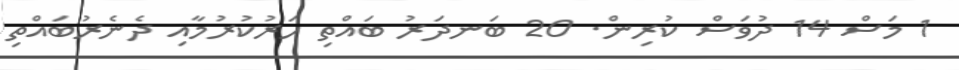
1 މަސް 14 ދުވަސް ކުރިން. 20 ބަނދަރު ބައްތި ހަރުކުރުމާއި ދެނެރުބައްތި